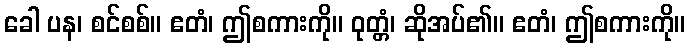
ခေါ ပန၊ စင်စစ်။ ဧတံ၊ ဤစကားကို။ ဝုတ္တံ၊ ဆိုအပ်၏။ ဧတံ၊ ဤစကားကို။